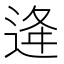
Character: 逄